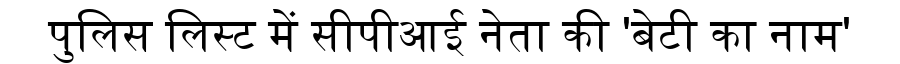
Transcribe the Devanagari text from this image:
पुलिस लिस्ट में सीपीआई नेता की 'बेटी का नाम'